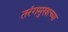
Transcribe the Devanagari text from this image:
तरंगमुखाच्या